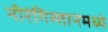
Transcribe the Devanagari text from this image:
नीरंगिस्तानमध्ये